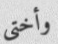
وأختي